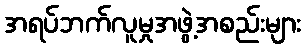
အရပ်ဘက်လူမှုအဖွဲ့အစည်းများ